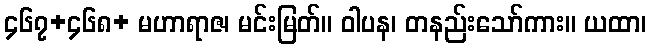
၄၆၇+၄၆၈+ မဟာရာဇ၊ မင်းမြတ်။ ဝါပန၊ တနည်းသော်ကား။ ယထာ၊